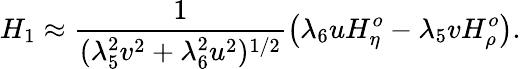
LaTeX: H_{1}\approx\frac{1}{(\lambda_{5}^{2}v^{2}+\lambda_{6}^{2}u^{2})^{1/2}}\left(\lambda_{6}uH_{\eta}^{o}-\lambda_{5}vH_{\rho}^{o}\right).